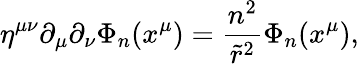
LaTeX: \eta^{\mu\nu}\partial_{\mu}\partial_{\nu}\Phi_{n}(x^{\mu})=\frac{n^{2}}{{\tilde{r}}^{2}}\Phi_{n}(x^{\mu}),